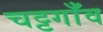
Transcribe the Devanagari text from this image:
चट्टगाँव